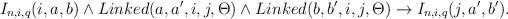
LaTeX: \begin{align*}&I_{n,i,q}(i,a,b)\wedge Linked(a,a',i,j,\Theta)\wedge Linked(b,b',i,j,\Theta)\rightarrow I_{n,i,q}(j,a',b').\end{align*}